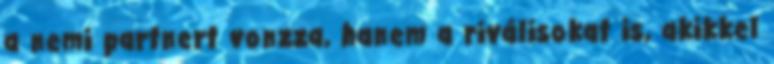
a nemi partnert vonzza, hanem a riválisokat is, akikkel